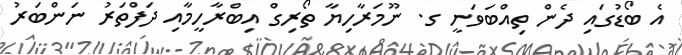
އެ ބޯޑުގައި ދެން ތިއްބަވަނީ ގ. ނޫމަރާހިޔާ ތޯރިގް އިބްރާހީމާއި ދަފްތަރު ނަންބަރު